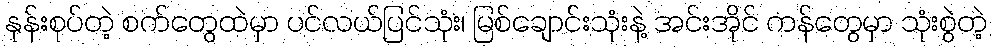
နုန်းစုပ်တဲ့ စက်တွေထဲမှာ ပင်လယ်ပြင်သုံး၊ မြစ်ချောင်းသုံးနဲ့ အင်းအိုင် ကန်တွေမှာ သုံးစွဲတဲ့